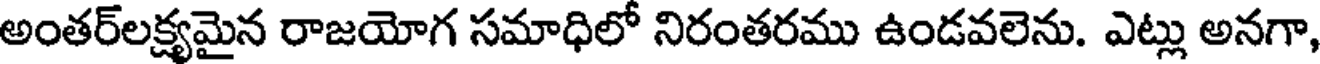
అంతర్లక్ష్యమైన రాజయోగ సమాధిలో నిరంతరము ఉండవలెను. ఎట్లు అనగా,